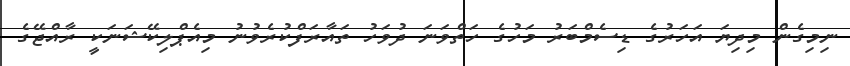
ނިމިގެން މިދިޔަ އަހަރުގެ ޑިސެމްބަރު މަހުގެ ހަތްވަނަ ދުވަހު ތައާރަފްކުރެވުނު މިއެޕްލިކޭޝަނަކީ ރާއްޖޭގެ